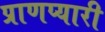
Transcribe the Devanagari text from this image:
प्राणप्यारी